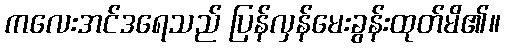
ကလေးအင်ဒရေသည် ပြန်လှန်မေးခွန်းထုတ်မိ၏။